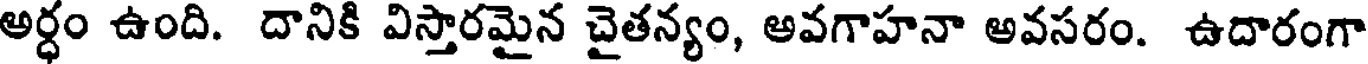
అర్ధం ఉంది. దానికి విస్తారమైన చైతన్యం, అవగాహనా అవసరం. ఉదారంగా